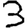
Digit: 3